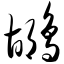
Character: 鹕